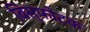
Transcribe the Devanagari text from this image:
बिस्फोटक